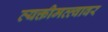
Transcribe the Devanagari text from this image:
व्यक्तीमत्त्वावर